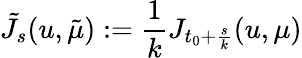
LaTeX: \tilde{J}_{s}(u,\tilde{\mu}):=\frac{1}{k}J_{t_{0}+\frac{s}{k}}(u,\mu)